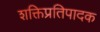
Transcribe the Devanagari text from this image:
शक्तिप्रतिपादक